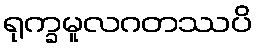
ရုက္ခမူလဂတဿပိ